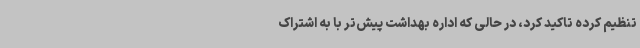
تنظیم کرده تاکید کرد، در حالی که اداره بهداشت پیش‌تر با به اشتراک